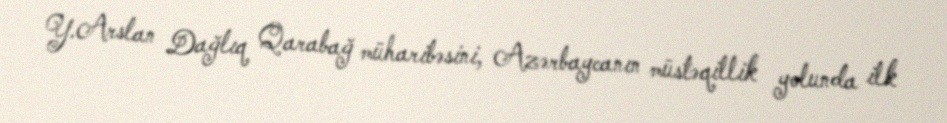
Y.Arslan Dağlıq Qarabağ müharibəsini, Azərbaycanın müstəqillik yolunda ilk